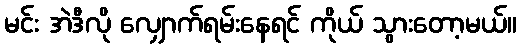
မင်း အဲဒီလို လျှောက်ရမ်းနေရင် ကိုယ် သွားတော့မယ်။